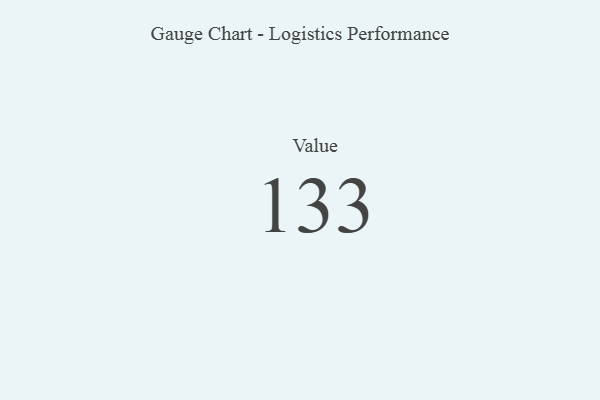
{"axis": {"x": "Metric", "y": "Value"}, "legend": [""], "data": [{"x": "Value", "y": 133, "type": ""}]}